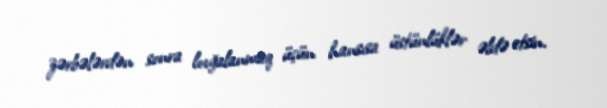
zərbələrdən sonra lovğalanmaq üçün hansısa üstünlüklər əldə etsin.